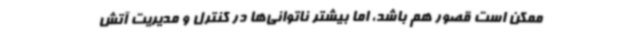
ممکن است قصور هم باشد، اما بیشتر ناتوانی‌ها در کنترل و مدیریت آتش